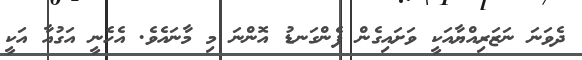
ދެވަނަ ނަޒަރިއްޔާއަކީ ވަށައިގެން ފެންގަނޑު އޮންނަ މި މާނައެވެ. އެހެނީ އަގުއާ އަކީ